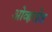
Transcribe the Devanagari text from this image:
ओव्हरहेड